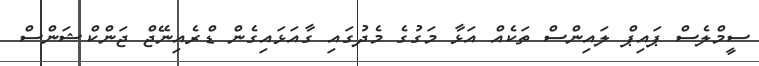
ސީމްލެސް ޕައިޕް ލައިންސް ތަކެއް އަޅާ މަގުގެ މެދުގައި ގާއަޅައިގެން ޑްރެއިނޭޖް ޖަންކްޝަންސް